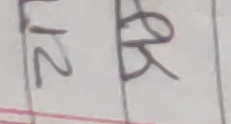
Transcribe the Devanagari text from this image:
२र